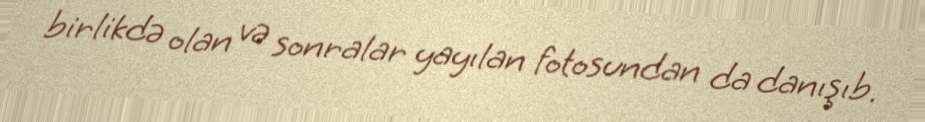
birlikdə olan və sonralar yayılan fotosundan da danışıb.